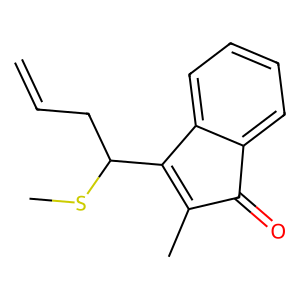
SMILES: C=CCC(SC)C1=C(C)C(=O)c2ccccc21
Inhibits HIV replication: No